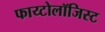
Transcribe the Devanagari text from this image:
फाय्टोलॉजिस्ट